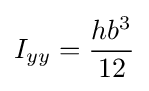
I_{yy}={\frac {hb^{3}}{12}}